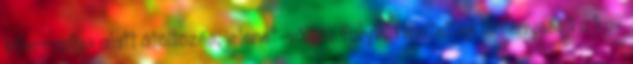
interruptus alatt átöltözés, jelenet-váltás folyik. Hihetetlen töménységű a ko-